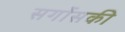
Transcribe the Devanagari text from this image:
सर्गोसकी